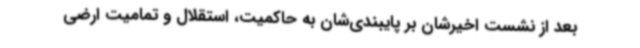
بعد از نشست اخیرشان بر پایبندی‌شان به حاکمیت، استقلال و تمامیت ارضی